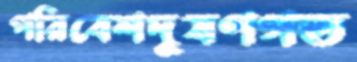
পরিবেশদূষণগত